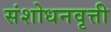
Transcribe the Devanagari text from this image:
संशोधनवृत्ती